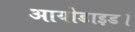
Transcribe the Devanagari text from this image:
आयोडाइड।